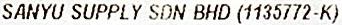
SANYU SUPPLY SDN BHD (1135772-K)